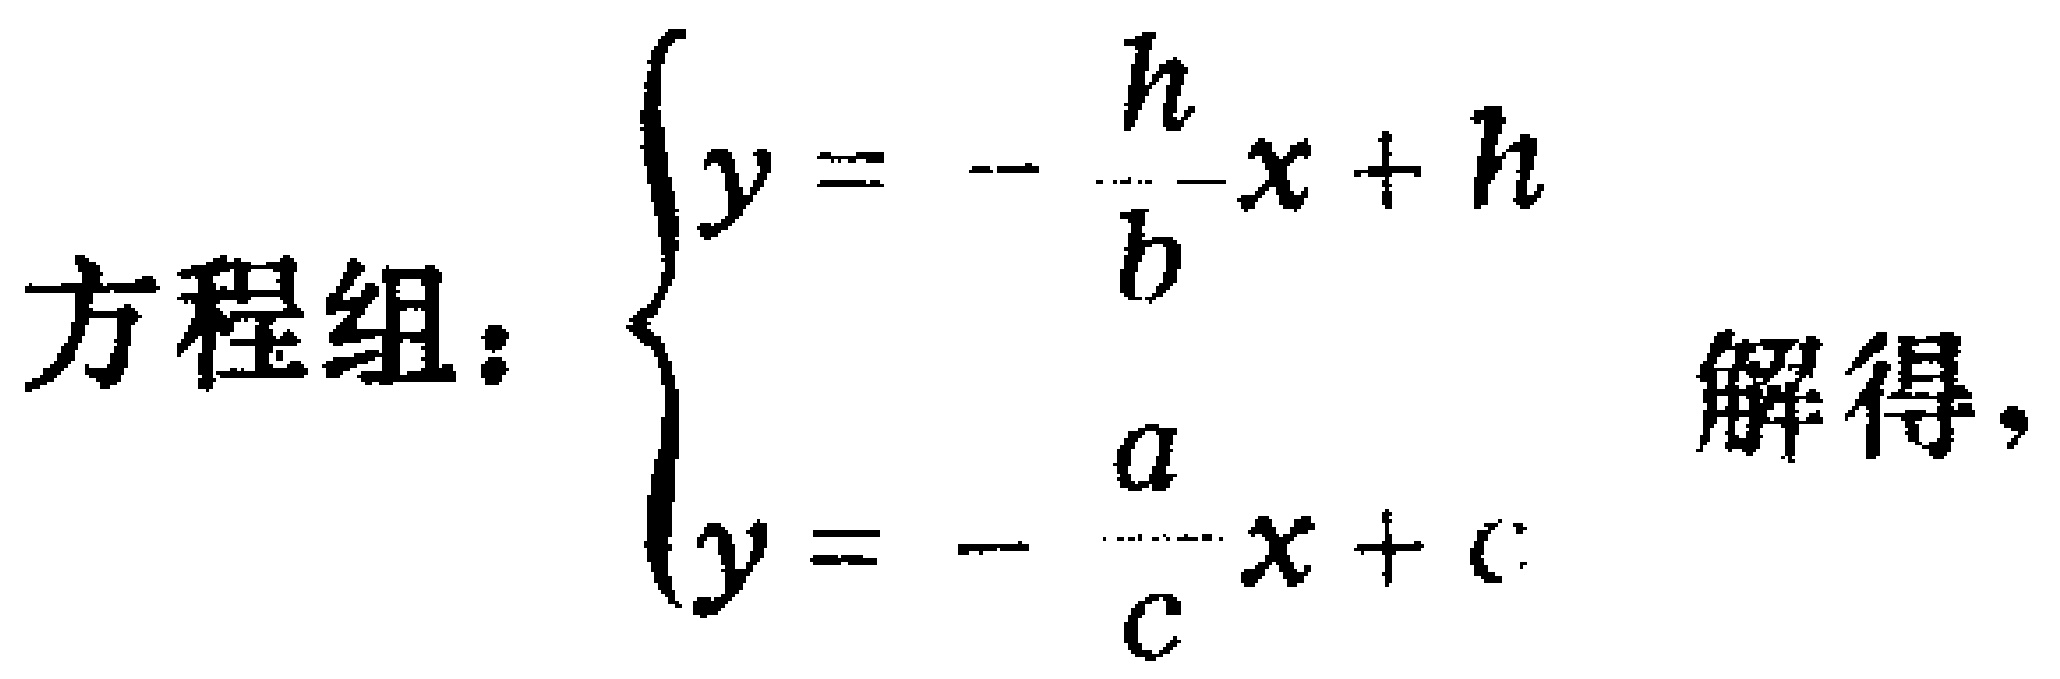
方程组：$\begin{cases}y = - \frac{h}{b}x + h\\y = - \frac{a}{c}x + c\end{cases}$ 解得，